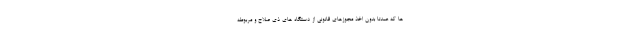
ها که عمدتا بدون اخذ مجوزهای قانونی از دستگاه های ذی صلاح و مربوطه